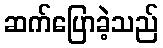
ဆက်ပြောခဲ့သည်